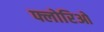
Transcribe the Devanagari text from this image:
फ्लोरिओ